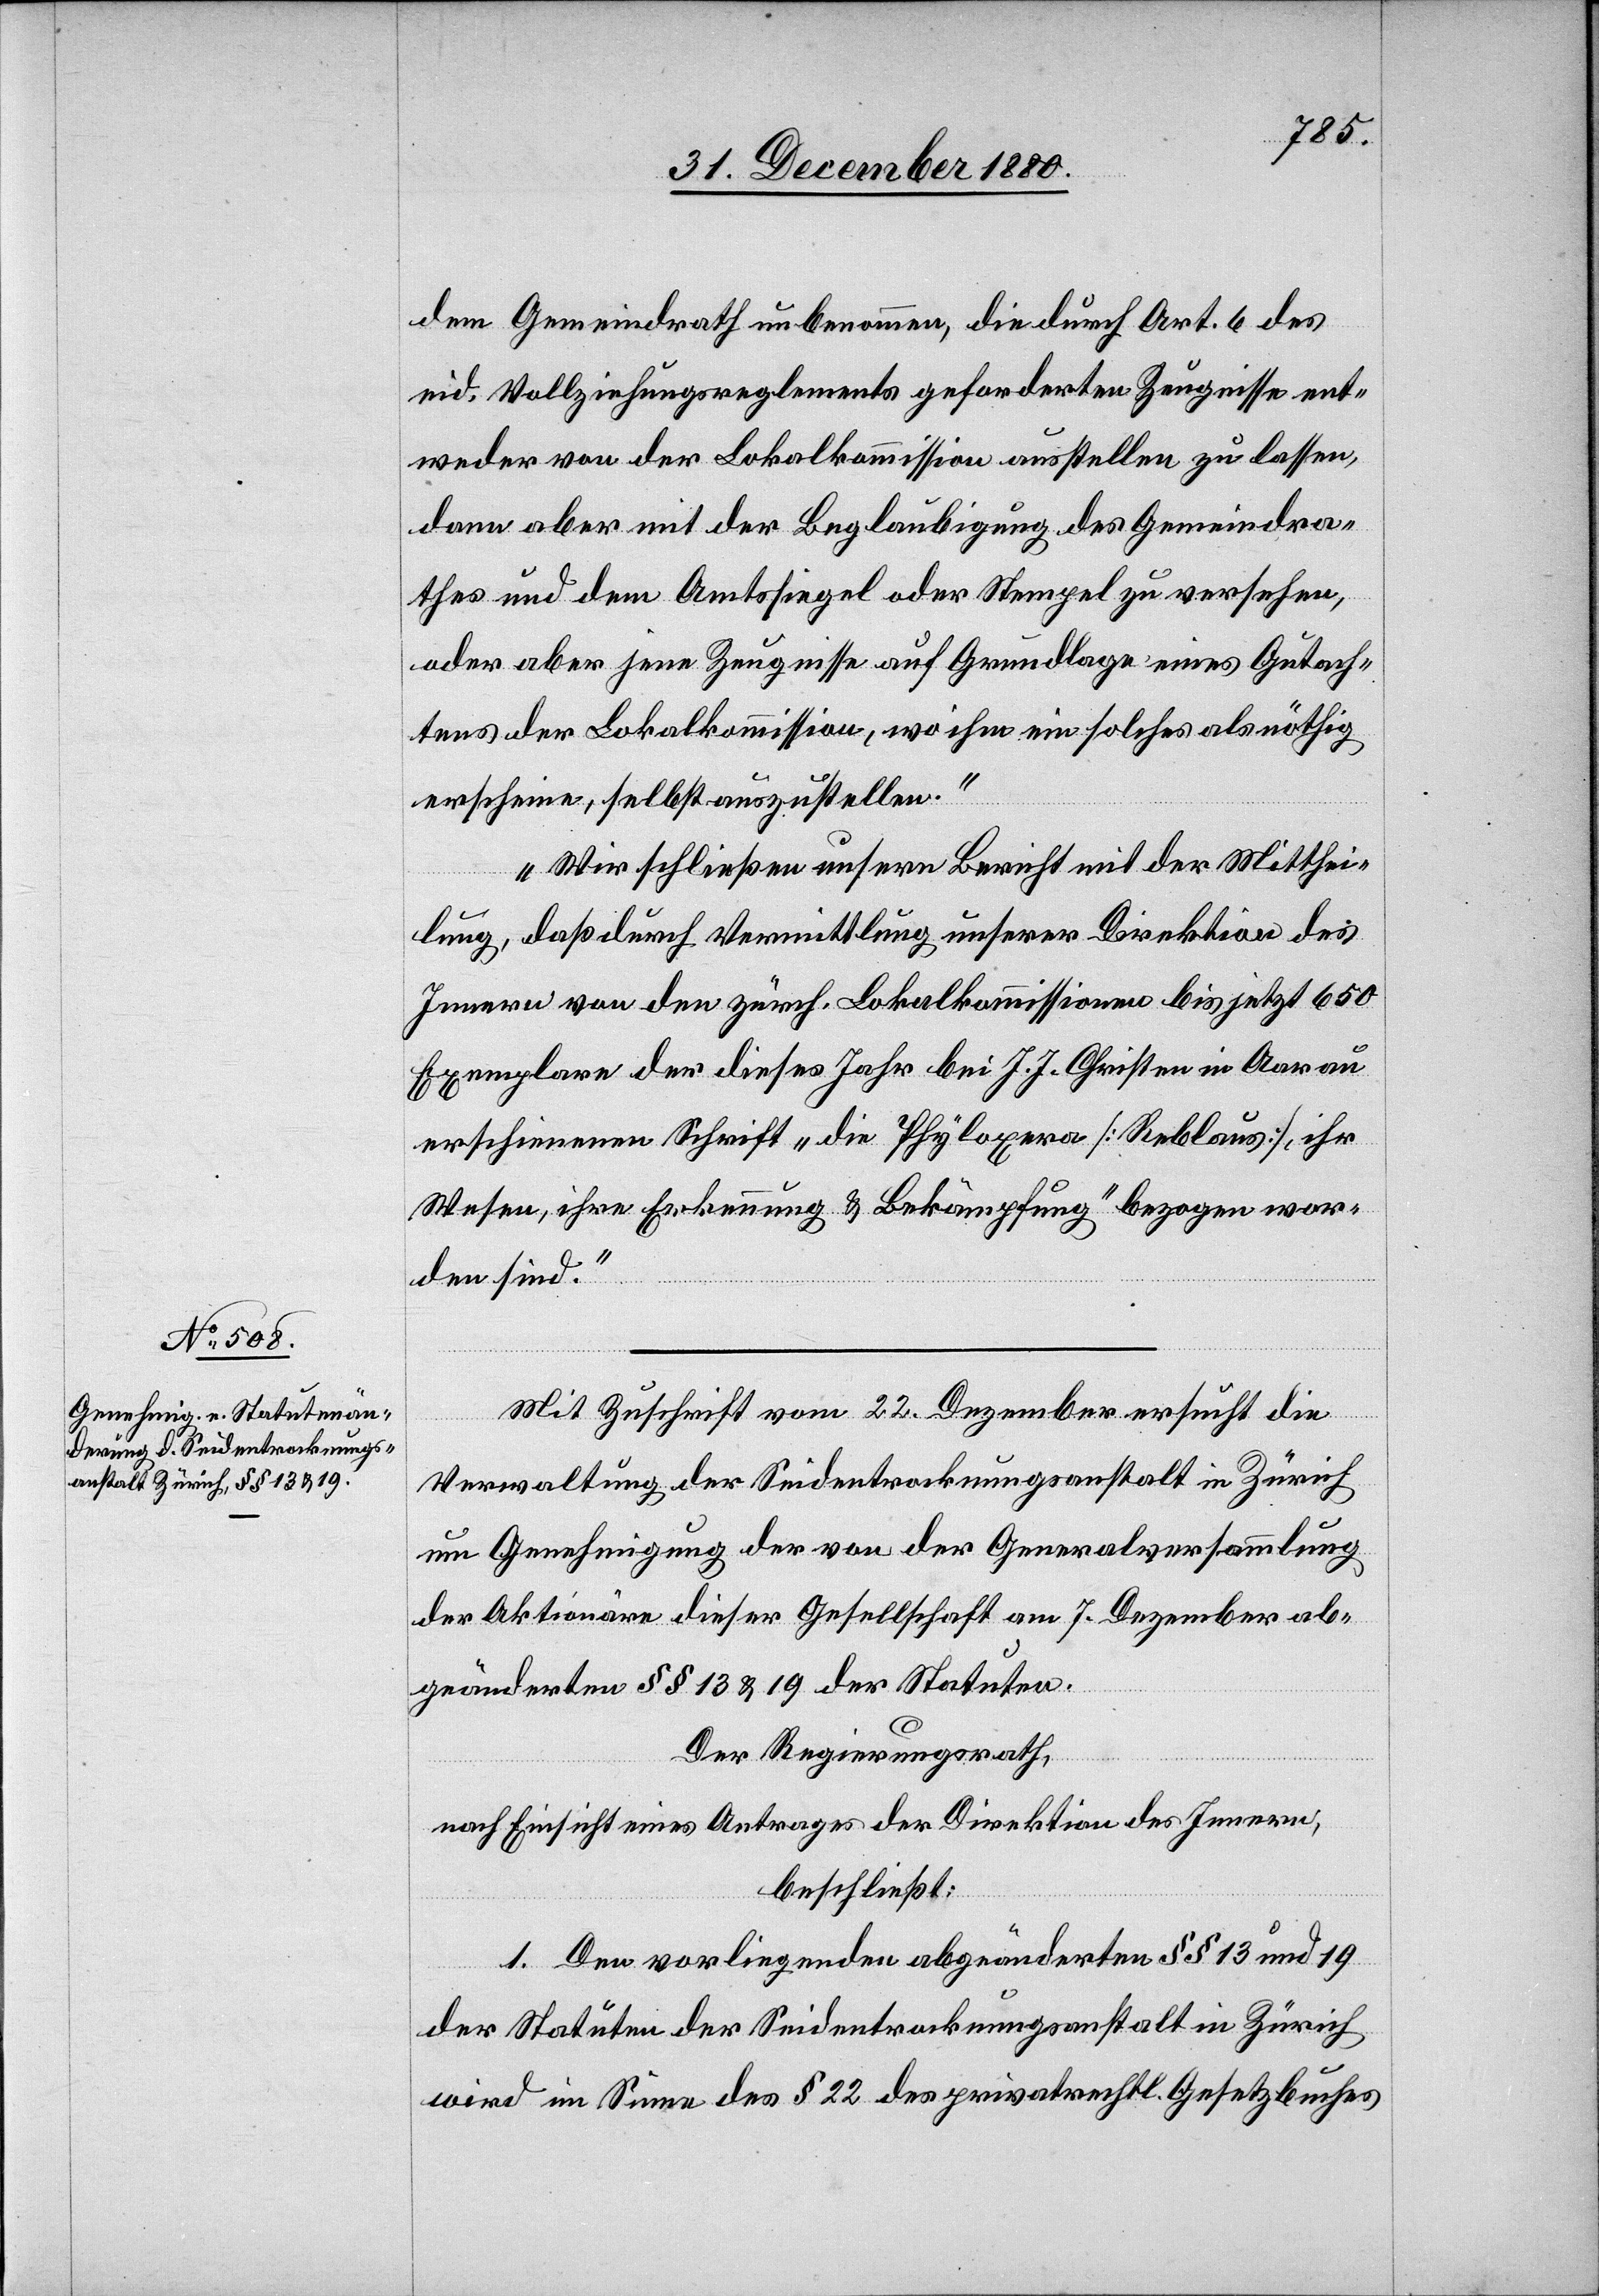
dem Gemeindrath unbenommen, die durch Art. 6 des
eid. Vollziehungsreglements geforderten Zeugnisse ent¬
weder von der Lokalkommission ausstellen zu lassen,
dann aber mit der Beglaubigung des Gemeindra¬
thes und dem Amtssiegel oder Stempel zu versehen,
oder aber jene Zeugnisse auf Grundlage eines Gutach¬
tens der Lokalkommission, wo ihm solches als nöthig
erscheine, selbst auszustellen.
Wir schließen unsern Bericht mit der Mitthei¬
lung, daß durch Vermittlung unserer Direktion des
Innern von den zürch. Lokalkommissionen bis jetzt 650
Exemplare der dieses Jahr bei J. J. Christen in Aarau
erschienen Schrift „die Phyloxera [Reblaus], ihr
Wesen, ihre Erkennung & Bekämpfung“ bezogen wor¬
den sind.“
Mit Zuschrift vom 22. Dezember ersucht die
Verwaltung der Seidentrocknungsanstalt in Zürich
um Genehmigung der von der Generalversammlung
der Aktionäre dieser Gesellschaft am 7. Dezember ab¬
geänderten §§ 13 & 19 der Statuten.
Der Regierungsrath,
nach Einsicht eines Antrages der Direktion des Innern,
beschließt:
1. Den vorliegenden abgeänderten §§ 13 und 19
der Statuten der Seidentrocknungsanstalt in Zürich
wird im Sinne des § 22 des privatrechtl. Gesetzbuches